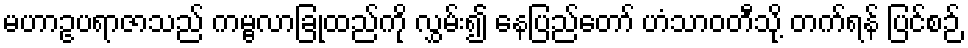
မဟာဥပရာဇာသည် ကမ္ဗလာခြုံထည်ကို လွှမ်း၍ နေပြည်တော် ဟံသာဝတီသို့ တက်ရန် ပြင်စဉ်